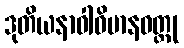
ဒုတိယနာဝါဝိမာနဝတ္ထု